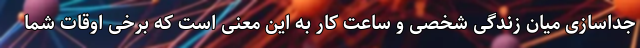
جداسازی میان زندگی شخصی و ساعت کار به این معنی است که برخی اوقات شما